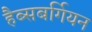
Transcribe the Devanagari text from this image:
हैब्सबर्गियन